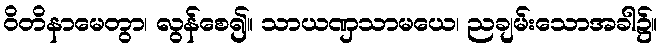
ဝိတိနာမေတွာ၊ လွန်စေ၍။ သာယဏှသာမယေ၊ ညချမ်းသောအခါ၌။